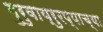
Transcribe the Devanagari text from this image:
गुरुवाय्रुरप्पाच्या